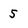
Character: 5